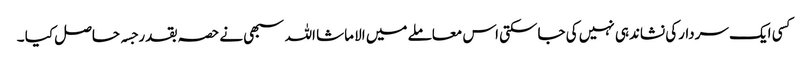
کسی ایک سردارکی نشاندہی نہیں کی جاسکتی اس معاملے میں الا ماشا اللہ سبھی نے حصہ بقدر جسہ حاصل کیا ۔